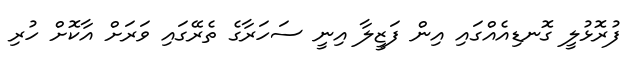
ފުރޮޅުލީ ގޮނޑިއެއްގައި އިން ފަޒީލާ އިނީ ސަހަރާގެ ތެރޭގައި ވަރަށް އާކޮށް ހުރި